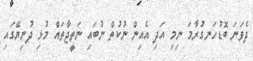
ދެވަނަ ބޮޑުހަނގުރާމަ ނިމި އަދި އެއިން ނުކުތް ނުބައި ނަތީޖާތައް މުޅި ދުނިޔޭގައި